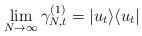
LaTeX: \begin{align*} \lim_{N\rightarrow\infty}\gamma_{N,t}^{(1)}=|u_t\rangle\langle u_t|\end{align*}